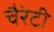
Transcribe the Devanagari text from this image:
चैरेटी